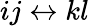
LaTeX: ij\leftrightarrow kl